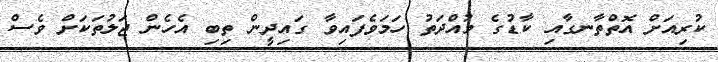
ކުރިއަށް އޮތްތާނގާއި ކާޑުގެ މުއްދަތު ހަމަވެފައިވާ ގައިދީން ތިބި އެހެން ޖަލުތަކަށް ވެސް